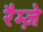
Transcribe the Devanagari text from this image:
रैम्ज़े